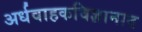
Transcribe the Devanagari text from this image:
अर्धवाहकविज्ञानात